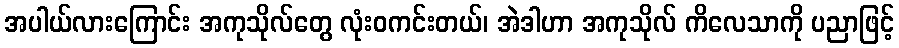
အပါယ်လားကြောင်း အကုသိုလ်တွေ လုံးဝကင်းတယ်၊ အဲဒါဟာ အကုသိုလ် ကိလေသာကို ပညာဖြင့်